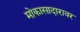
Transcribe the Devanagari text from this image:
मोकासादारावर